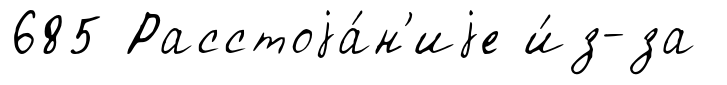
685 Расстоjа́н'иjе и́з-за